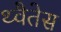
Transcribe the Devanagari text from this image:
थ्वैतेस